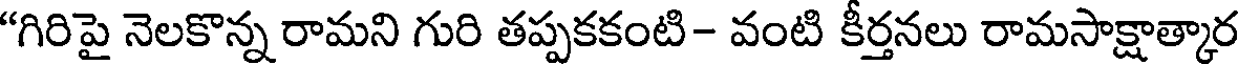
"గిరిపై నెలకొన్న రామని గురి తప్పకకంటి- వంటి కీర్తనలు రామసాక్షాత్కార